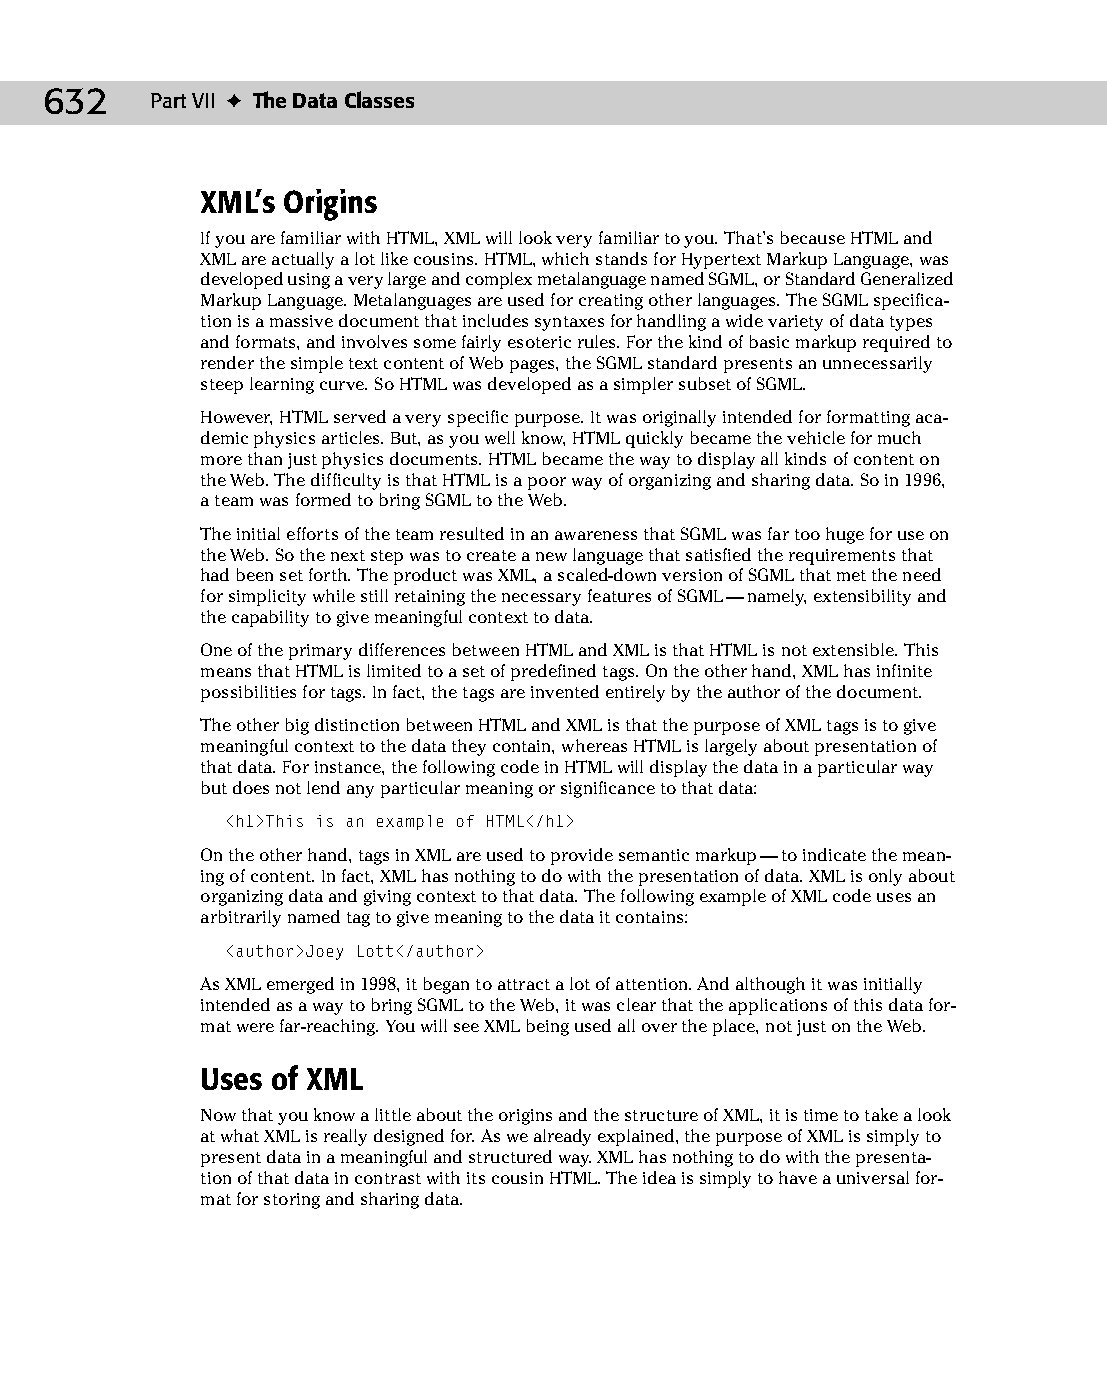
34 543547 ch26.qxd 3/24/04 4:08 PM Page 632
 632    Part VII ✦ The Data Classes
 XML’s Origins
 If you are familiar with HTML, XML will look very familiar to you. That’s because HTML and
 XML are actually a lot like cousins. HTML, which stands for Hypertext Markup Language, was
 developed using a very large and complex metalanguage named SGML, or Standard Generalized
 Markup Language. Metalanguages are used for creating other languages. The SGML specifica­
 tion is a massive document that includes syntaxes for handling a wide variety of data types
 and formats, and involves some fairly esoteric rules. For the kind of basic markup required to
 render the simple text content of Web pages, the SGML standard presents an unnecessarily
 steep learning curve. So HTML was developed as a simpler subset of SGML.
 However, HTML served a very specific purpose. It was originally intended for formatting aca­
 demic physics articles. But, as you well know, HTML quickly became the vehicle for much
 more than just physics documents. HTML became the way to display all kinds of content on
 the Web. The difficulty is that HTML is a poor way of organizing and sharing data. So in 1996,
 a team was formed to bring SGML to the Web.
 The initial efforts of the team resulted in an awareness that SGML was far too huge for use on
 the Web. So the next step was to create a new language that satisfied the requirements that
 had been set forth. The product was XML, a scaled-down version of SGML that met the need
 for simplicity while still retaining the necessary features of SGML — namely, extensibility and
 the capability to give meaningful context to data.
 One of the primary differences between HTML and XML is that HTML is not extensible. This
 means that HTML is limited to a set of predefined tags. On the other hand, XML has infinite
 possibilities for tags. In fact, the tags are invented entirely by the author of the document.
 The other big distinction between HTML and XML is that the purpose of XML tags is to give
 meaningful context to the data they contain, whereas HTML is largely about presentation of
 that data. For instance, the following code in HTML will display the data in a particular way
 but does not lend any particular meaning or significance to that data:
 <h1>This is an example of HTML</h1>
 On the other hand, tags in XML are used to provide semantic markup — to indicate the mean­
 ing of content. In fact, XML has nothing to do with the presentation of data. XML is only about
 organizing data and giving context to that data. The following example of XML code uses an
 arbitrarily named tag to give meaning to the data it contains:
 <author>Joey Lott</author>
 As XML emerged in 1998, it began to attract a lot of attention. And although it was initially
 intended as a way to bring SGML to the Web, it was clear that the applications of this data for­
 mat were far-reaching. You will see XML being used all over the place, not just on the Web.
 Uses of XML
 Now that you know a little about the origins and the structure of XML, it is time to take a look
 at what XML is really designed for. As we already explained, the purpose of XML is simply to
 present data in a meaningful and structured way. XML has nothing to do with the presenta­
 tion of that data in contrast with its cousin HTML. The idea is simply to have a universal for­
 mat for storing and sharing data.